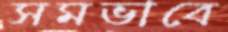
সমভাবে